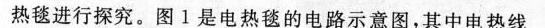
热毯进行探究。图1是电热毯的电路示意图，其中电热线